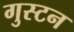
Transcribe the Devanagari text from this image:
गुस्टन